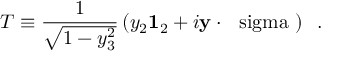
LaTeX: T \equiv \frac { 1 } { \sqrt { 1 - y _ { 3 } ^ { 2 } } } \left( y _ { 2 } { \bf 1 } _ { 2 } + i { \bf y } \cdot \mathrm { \boldmath ~ \ s i g m a ~ } \right) \; \; .